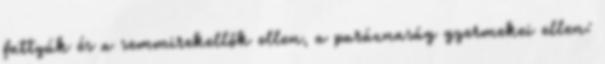
fattyúk és a semmirekellők ellen, a paráznaság gyermekei ellen: